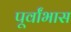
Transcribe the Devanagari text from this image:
पूर्वांभास